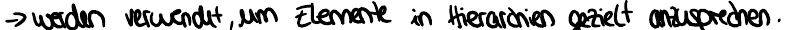
-> werden verwendet, um Elemente in Hierarchien gezielt anzusprechen.